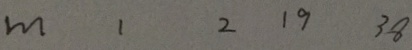
m 1 2 1 9 3 8